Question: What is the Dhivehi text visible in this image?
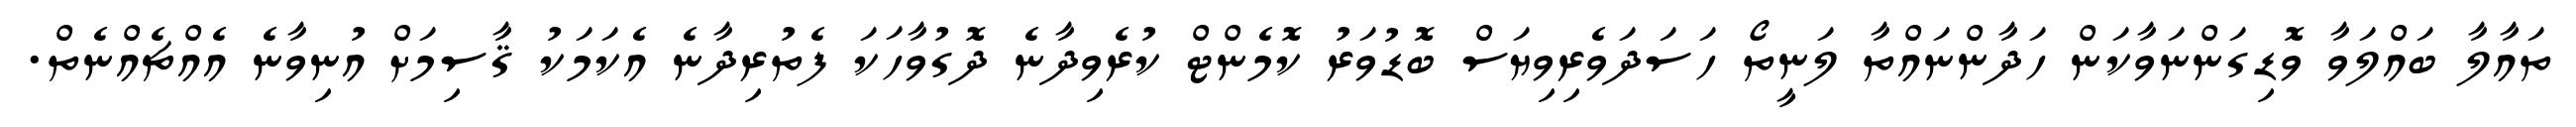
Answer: ތައާލާ ބައްލަވާ ވޮޑިގަންނަވާކަން ހަދާންނައްތާ ލަނީތޯ ހަސަދަވެރިވިޔަސް ބޮޑުވަރު ކޮމެންޓް ކުރެވިދާނެ ދޮގުވާހަކަ ފެތުރިދާނެ އެކަމަކު ޤާސިމަށް އުނިވާނެ އެއްޗެއްނެތް.